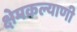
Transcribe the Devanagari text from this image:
क्षेमकल्याणी